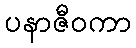
ပနာဇီဝကာ